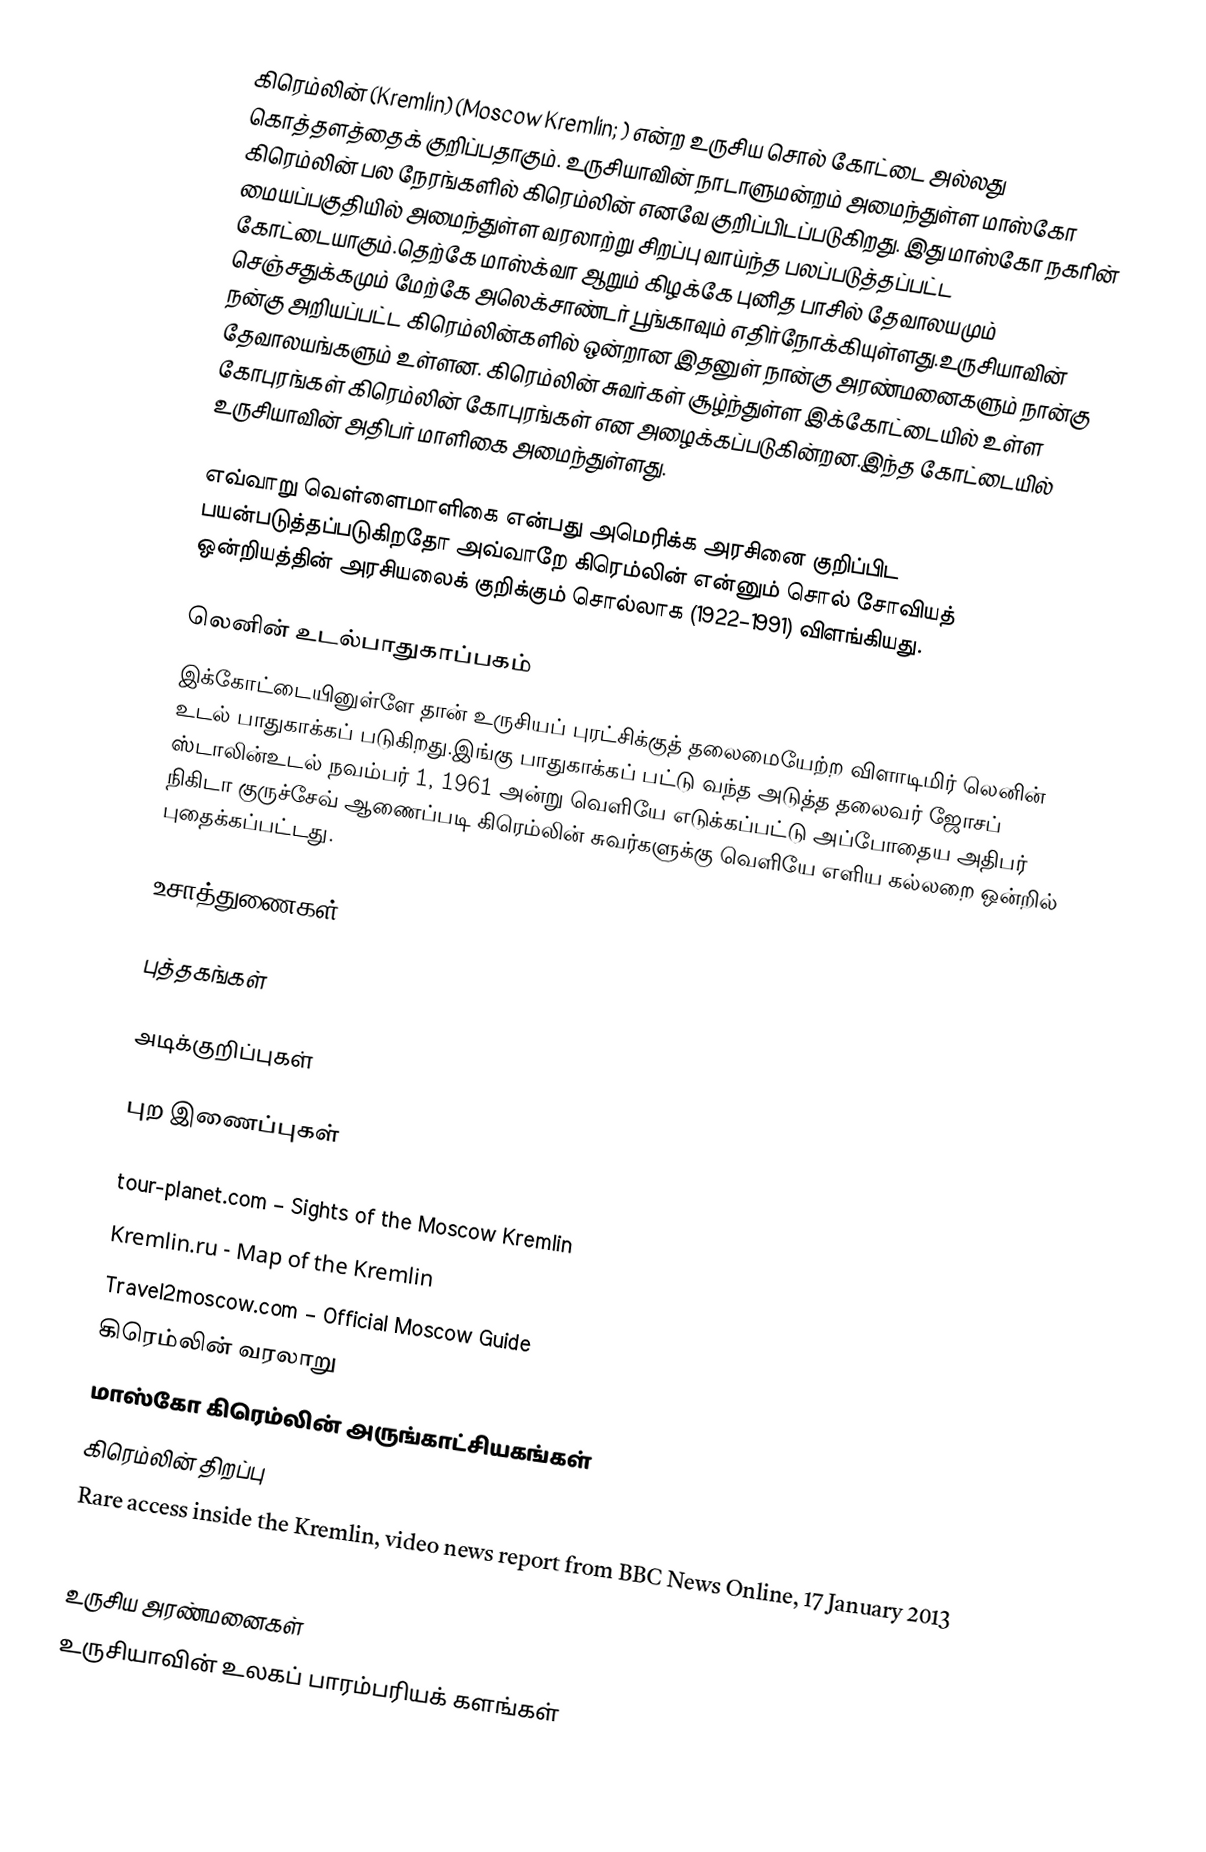
கிரெம்லின் (Kremlin) (Moscow Kremlin; ) என்ற உருசிய சொல் கோட்டை அல்லது கொத்தளத்தைக் குறிப்பதாகும். உருசியாவின் நாடாளுமன்றம் அமைந்துள்ள மாஸ்கோ கிரெம்லின் பல நேரங்களில் கிரெம்லின் எனவே குறிப்பிடப்படுகிறது. இது மாஸ்கோ நகரின் மையப்பகுதியில் அமைந்துள்ள வரலாற்று சிறப்பு வாய்ந்த பலப்படுத்தப்பட்ட கோட்டையாகும்.தெற்கே மாஸ்க்வா ஆறும் கிழக்கே புனித பாசில் தேவாலயமும் செஞ்சதுக்கமும் மேற்கே அலெக்சாண்டர் பூங்காவும் எதிர்நோக்கியுள்ளது.உருசியாவின் நன்கு அறியப்பட்ட கிரெம்லின்களில் ஒன்றான இதனுள் நான்கு அரண்மனைகளும் நான்கு தேவாலயங்களும் உள்ளன. கிரெம்லின் சுவர்கள் சூழ்ந்துள்ள இக்கோட்டையில் உள்ள கோபுரங்கள் கிரெம்லின் கோபுரங்கள் என அழைக்கப்படுகின்றன.இந்த கோட்டையில் உருசியாவின் அதிபர் மாளிகை அமைந்துள்ளது.

எவ்வாறு வெள்ளைமாளிகை என்பது அமெரிக்க அரசினை குறிப்பிட பயன்படுத்தப்படுகிறதோ அவ்வாறே கிரெம்லின் என்னும் சொல் சோவியத் ஒன்றியத்தின் அரசியலைக் குறிக்கும் சொல்லாக (1922–1991) விளங்கியது.

லெனின் உடல்பாதுகாப்பகம்
இக்கோட்டையினுள்ளே தான் உருசியப் புரட்சிக்குத்  தலைமையேற்ற விளாடிமிர் லெனின் உடல் பாதுகாக்கப் படுகிறது.இங்கு பாதுகாக்கப் பட்டு வந்த அடுத்த தலைவர் ஜோசப் ஸ்டாலின்உடல் நவம்பர் 1, 1961 அன்று வெளியே எடுக்கப்பட்டு அப்போதைய அதிபர் நிகிடா குருச்சேவ் ஆணைப்படி கிரெம்லின் சுவர்களுக்கு வெளியே எளிய கல்லறை ஒன்றில் புதைக்கப்பட்டது.

உசாத்துணைகள்

புத்தகங்கள்

அடிக்குறிப்புகள்

புற இணைப்புகள்

 tour-planet.com – Sights of the Moscow Kremlin
 Kremlin.ru - Map of the Kremlin
 Travel2moscow.com – Official Moscow Guide
 கிரெம்லின் வரலாறு
 மாஸ்கோ கிரெம்லின் அருங்காட்சியகங்கள்
 கிரெம்லின் திறப்பு
 Rare access inside the Kremlin, video news report from BBC News Online, 17 January 2013

உருசிய அரண்மனைகள்
உருசியாவின் உலகப் பாரம்பரியக் களங்கள்